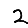
Digit: 2